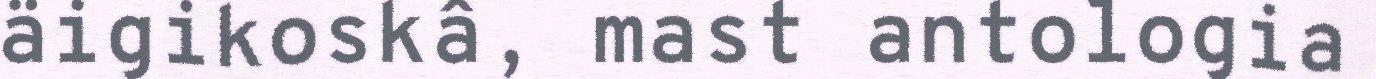
äigikoskâ, mast antologia